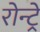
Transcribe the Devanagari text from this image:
रोन्ट्रे